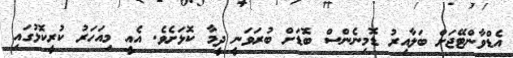
އެޑްވާންޓޭޖަށް ބަލާއިރު ޑޮމިނެންސް ބޮޑަށް ބުރަވަނީ ދީމާ ކޮޅަށެވެ. އެއީ މިއަހަރު ކުރީކޮޅުގައި